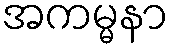
အကမ္မနာ